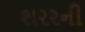
શરરની